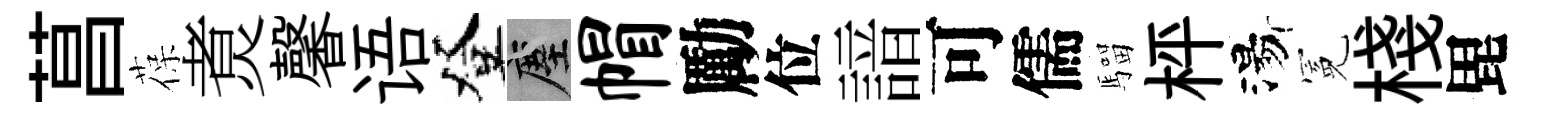
菖葆煑馨语登塵帽勵位諳可儒騮枰湯冕棧毘